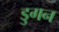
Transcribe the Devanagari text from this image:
डुगन